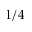
1 / 4